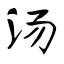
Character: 汤